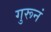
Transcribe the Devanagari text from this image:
गुरूनं